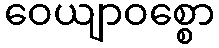
ဝေယျာဝစ္စော